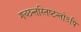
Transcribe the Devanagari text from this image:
गच्छन्तस्तिष्ठन्तोऽपि